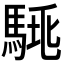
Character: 𩣛